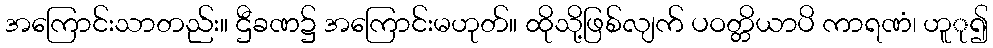
အကြောင်းသာတည်း။ ဌီခဏ၌ အကြောင်းမဟုတ်။ ထိုသို့ဖြစ်လျက် ပဝတ္တိယာပိ ကာရဏံ၊ ဟူု၍